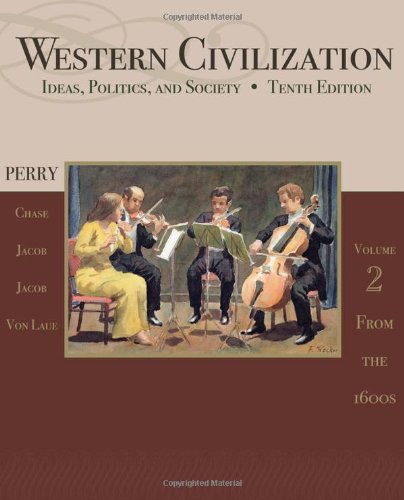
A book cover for Western Civilization: Ideas, Politics, and Society, Volume II: From 1600; Marvin Perry; History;